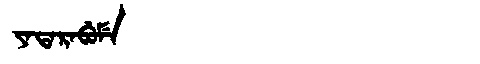
Manchu: ᠶᠠᡨᠠᡵᠠᠪᡠᠮᡝ
Romanization: YATARABUME